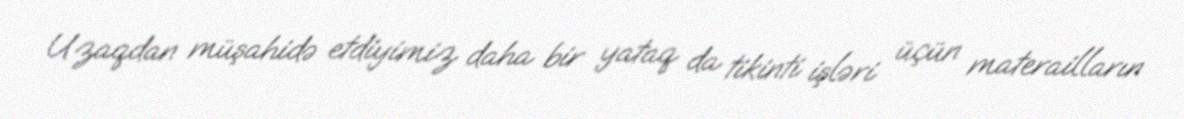
Uzaqdan müşahidə etdiyimiz daha bir yataq da tikinti işləri üçün materailların